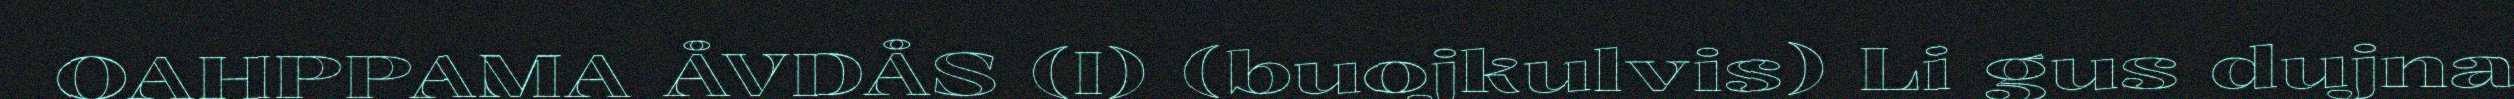
OAHPPAMA ÅVDÅS (I) (buojkulvis) Li gus dujna